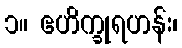
၁။ ဧဟိက္ခုရဟန်း၊